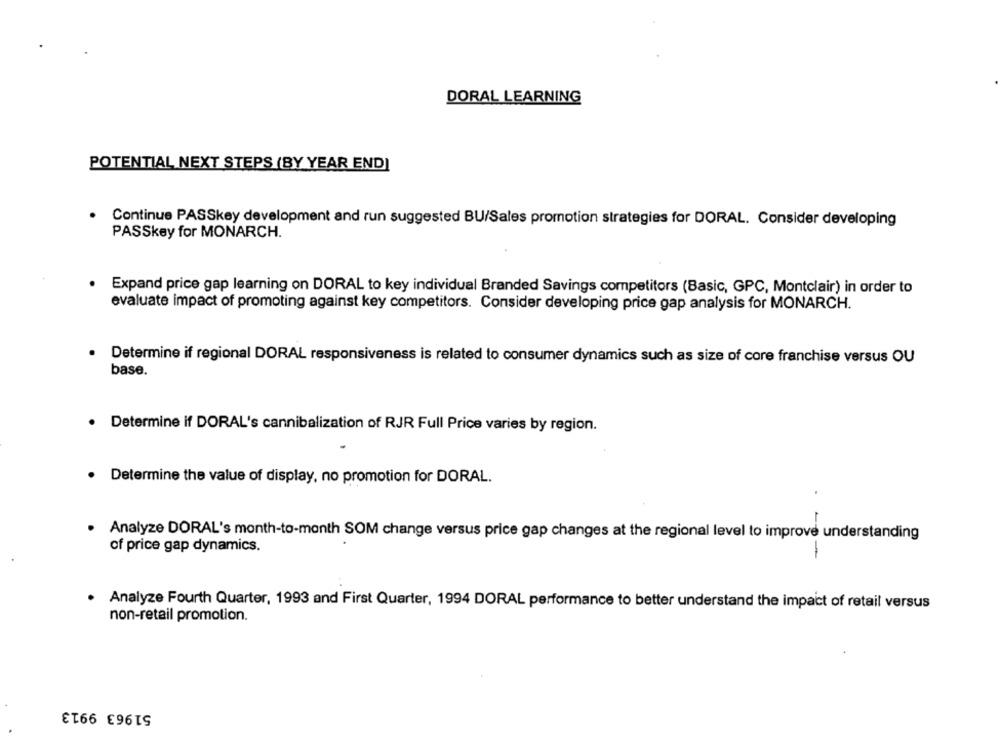
DORAL LEARNING
POTENTIAL NEXT STEPS (BY YEAR END]
Continue PASSkey development and run suggested BU/Sales promotion strategies for DORAL. Consider developing
PASSkey for MONARCH.
· Expand price gap learning on DORAL to key individual Branded Savings competitors (Basic, GPC, Montclair) in order to
evaluate impact of promoting against key competitors. Consider developing price gap analysis for MONARCH.
Determine if regional DORAL responsiveness is related to consumer dynamics such as size of core franchise versus OU
base.
Determine if DORAL's cannibalization of RJR Full Price varies by region.
. Determine the value of display, no promotion for DORAL.
-
Analyze DORAL's month-to-month SOM change versus price gap changes at the regional level to improve understanding
of price gap dynamics.
· Analyze Fourth Quarter, 1993 and First Quarter, 1994 DORAL performance to better understand the impact of retail versus
non-retail promotion.
51963 9913